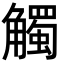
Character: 觸